Lunatic asylums United Provinces 1909-1921 - 1909-1921
Year: 1909
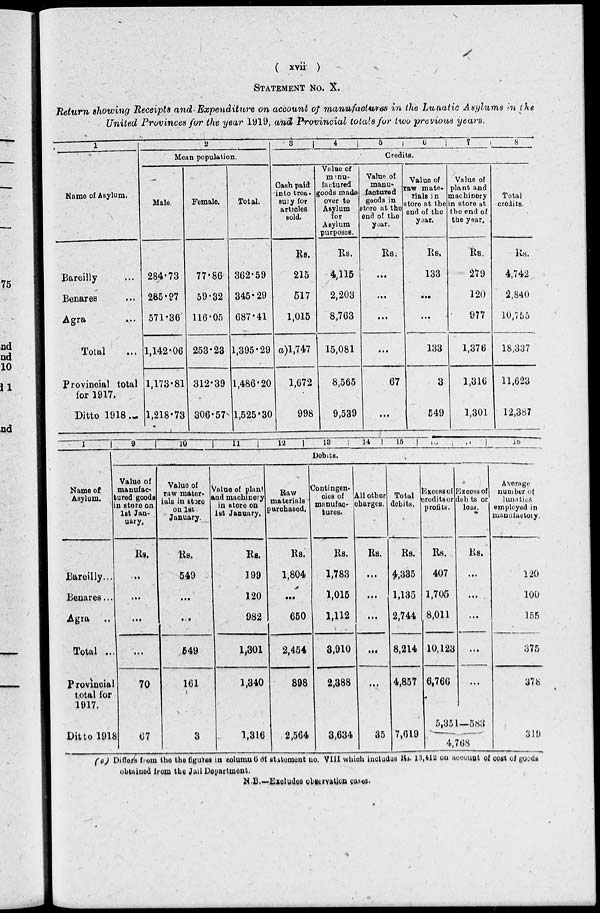
( xvii )
STATEMENT NO. X.
Return showing Receipts and Expenditure on account of manufactures in the Lunatic Asylums in the
United Provinces for the year 1919, and Provincial totals for two previous years.
1
Name of Asylum.
Bareilly ...
Benares ...
Agra
...
Total ...
Provincial total
for 1917.
Ditto 1918.
2
Mean population.
Male.
284.73
285.97
571.36
1,142.06
1,173.81
1,218.78
Female.
77.86
59.32
116.05
253.23
312.39
306.57
Total.
362.59
345.29
687.41
1,395.29
1,486.20
1,525.30
3
4
5
6
7
8
Credits.
Cash paid
into trea¬
sury for
articles
sold.
Rs.
215
517
1,015
(a)l,747
1,672
998
Value of
manu-
factured
goods made
over to
Asylum
for
Asylum
purposes.
Rs.
4,115
2,203
8,763
15,081
8,565
9,539
Value of
manu-
factured
goods in
store at the
end of the
year.
Rs.
...
...
...
...
67
...
Value of
raw mate¬
rials in
store at the
end of the
year.
Rs.
133
...
...
133
3
549
Value of
plant and
machinery
in store at
the end of
the year.
Rs.
279
120
977
1,376
1,316
1,301
Total
credits.
Rs.
4,742
2,840
10,755
18,337
11,623
12,387
1
Name of
Asylum.
Bareilly...
Benares...
Agra ...
Total ...
Provincial
total for
1917.
Ditto 1918
9
10
11
12
13
14
15
16
17
18
Debits.
Value of
manufac-
tured goods
in store on
1st Jan-
uary.
Rs.
...
...
...
...
70
67
Value of
raw mater-
ials in store
on 1st
January.
Rs.
549
...
...
549
161
3
Value of plant
and machinery
in store on
1st January.
Rs.
199
120
982
1,301
1,340
1,316
Raw
materials
purchased.
Rs.
1,804
...
650
2,454
898
2,564
Contingen-
cies of
manufac¬
tures.
Rs.
1,783
1,015
1,112
3,910
2,388
3,634
All other
charges.
Rs.
...
...
...
...
...
35
Total
debits.
Rs.
4,335
1,135
2,744
8,214
4,857
7,619
Excess of
credits or
profits.
Rs.
407
1,705
8,011
10,123
6,766
Excess of
debits or
loss.
Rs.
...
...
...
...
...
5,351—583
4,768
Average
number of
lunatics
employed in
manufactory.
120
100
155
375
378
319
(a) Differs from the the figures in column 6 of statement no. VIII which include Rs. l3,412 on account of cost of goods
obtained from the Jail Department.
N.B—Excludes observation cases.